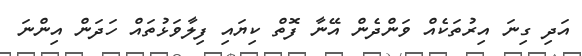
އަދި ގިނަ އިރުތަކެއް ވަންދެން އޭނާ ފޮތް ކިޔައި ފިލާވަޅުތައް ހަދަން އިންނަ